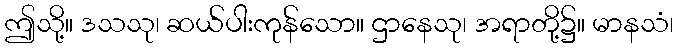
ဤသို့။ ဒသသု၊ ဆယ်ပါးကုန်သော။ ဌာနေသု၊ အရာတို့၌။ မာနသံ၊